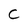
Character: C